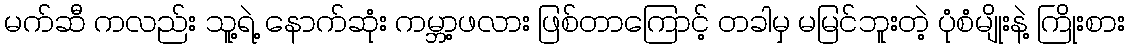
မက်ဆီ ကလည်း သူ့ရဲ့ နောက်ဆုံး ကမ္ဘာ့ဖလား ဖြစ်တာကြောင့် တခါမှ မမြင်ဘူးတဲ့ ပုံစံမျိုးနဲ့ ကြိုးစား